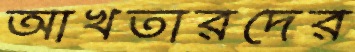
আখতারদের